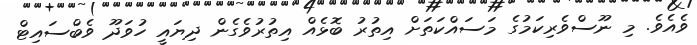
ވެއެވެ. މި ނޫސްވެރިކަމުގެ މަސައްކަތަށް އިތުރު ބޮޅެއް އިތުރުވެގެން ދިޔައީ ހުވަދޫ ވެބްސައިޓް